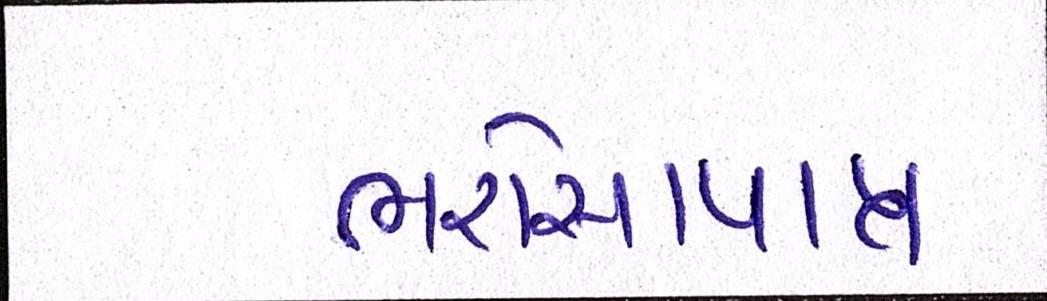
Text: ભરોસાપાત્ર